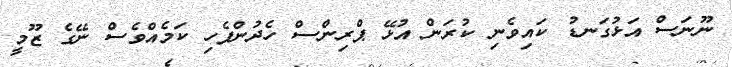
ނޫނަސް އަޅުގަނޑު ކައިވެނި ކުރަން އުޅޭ ޕްރިންސް ހެދުންފެހި ކަމެއްވެސް ނޭގެ ޒޫމީ